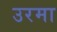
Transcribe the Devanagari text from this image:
उरमा